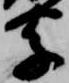
字